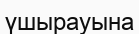
үшырауына